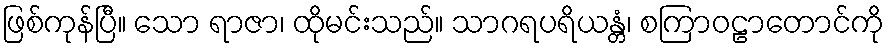
ဖြစ်ကုန်ပြီ။ သော ရာဇာ၊ ထိုမင်းသည်။ သာဂရပရိယန္တံ၊ စကြာဝဠာတောင်ကို